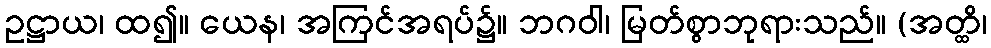
ဥဋ္ဌာယ၊ ထ၍။ ယေန၊ အကြင်အရပ်၌။ ဘဂဝါ၊ မြတ်စွာဘုရားသည်။ (အတ္ထိ၊